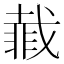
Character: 𮧇